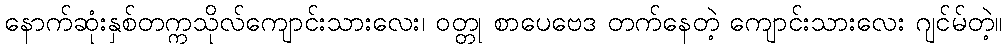
နောက်ဆုံးနှစ်တက္ကသိုလ်ကျောင်းသားလေး၊ ဝတ္တု စာပေဗေဒ တက်နေတဲ့ ကျောင်းသားလေး ဂျင်မ်တဲ့။